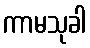
ကာမသုခါ